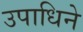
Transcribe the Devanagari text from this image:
उपाधिने